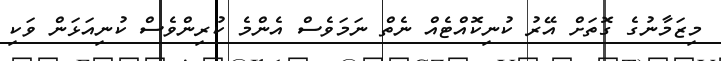
މިޒަމާނުގެ ގޮތަށް އޭރު ކުނިކޮއްޓެއް ނެތް ނަމަވެސް އެންމެ ކުރިންވެސް ކުނިއަޅަން ވަކި